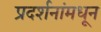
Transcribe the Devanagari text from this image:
प्रदर्शनांमधून